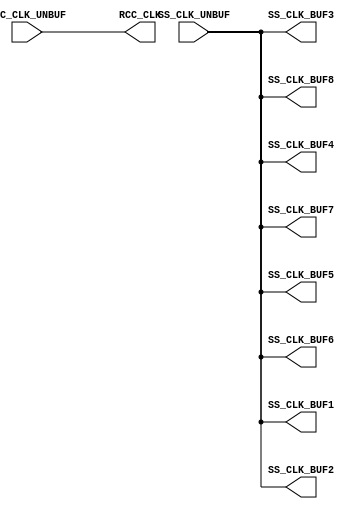
module ACSS2MISC(SS_CLK_UNBUF, RCC_CLK_UNBUF, SS_CLK_BUF1, 
        SS_CLK_BUF2, SS_CLK_BUF3, SS_CLK_BUF4, SS_CLK_BUF5, 
        SS_CLK_BUF6, SS_CLK_BUF7, SS_CLK_BUF8, RCC_CLK);
input   SS_CLK_UNBUF;
input   RCC_CLK_UNBUF;
output  SS_CLK_BUF1;
output  SS_CLK_BUF2;
output  SS_CLK_BUF3;
output  SS_CLK_BUF4;
output  SS_CLK_BUF5;
output  SS_CLK_BUF6;
output  SS_CLK_BUF7;
output  SS_CLK_BUF8;
output  RCC_CLK;
buf g0(SS_CLK_BUF1, SS_CLK_UNBUF);
buf g1(SS_CLK_BUF2, SS_CLK_UNBUF);
buf g2(SS_CLK_BUF3, SS_CLK_UNBUF);
buf g3(SS_CLK_BUF4, SS_CLK_UNBUF);
buf g4(SS_CLK_BUF5, SS_CLK_UNBUF);
buf g5(SS_CLK_BUF6, SS_CLK_UNBUF);
buf g6(SS_CLK_BUF7, SS_CLK_UNBUF);
buf g7(SS_CLK_BUF8, SS_CLK_UNBUF);
buf g8(RCC_CLK, RCC_CLK_UNBUF);
endmodule